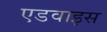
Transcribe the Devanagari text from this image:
एडवाइस